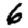
Digit: 6